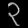
Digit: ၃